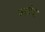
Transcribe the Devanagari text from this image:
बसोया